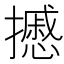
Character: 𢷾